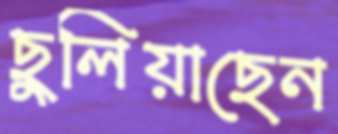
ছুলিয়াছেন